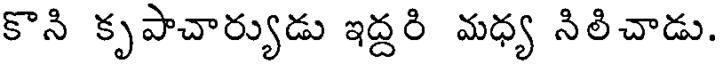
కొని కృపాచార్యుడు ఇద్దరి మధ్య నిలిచాడు.